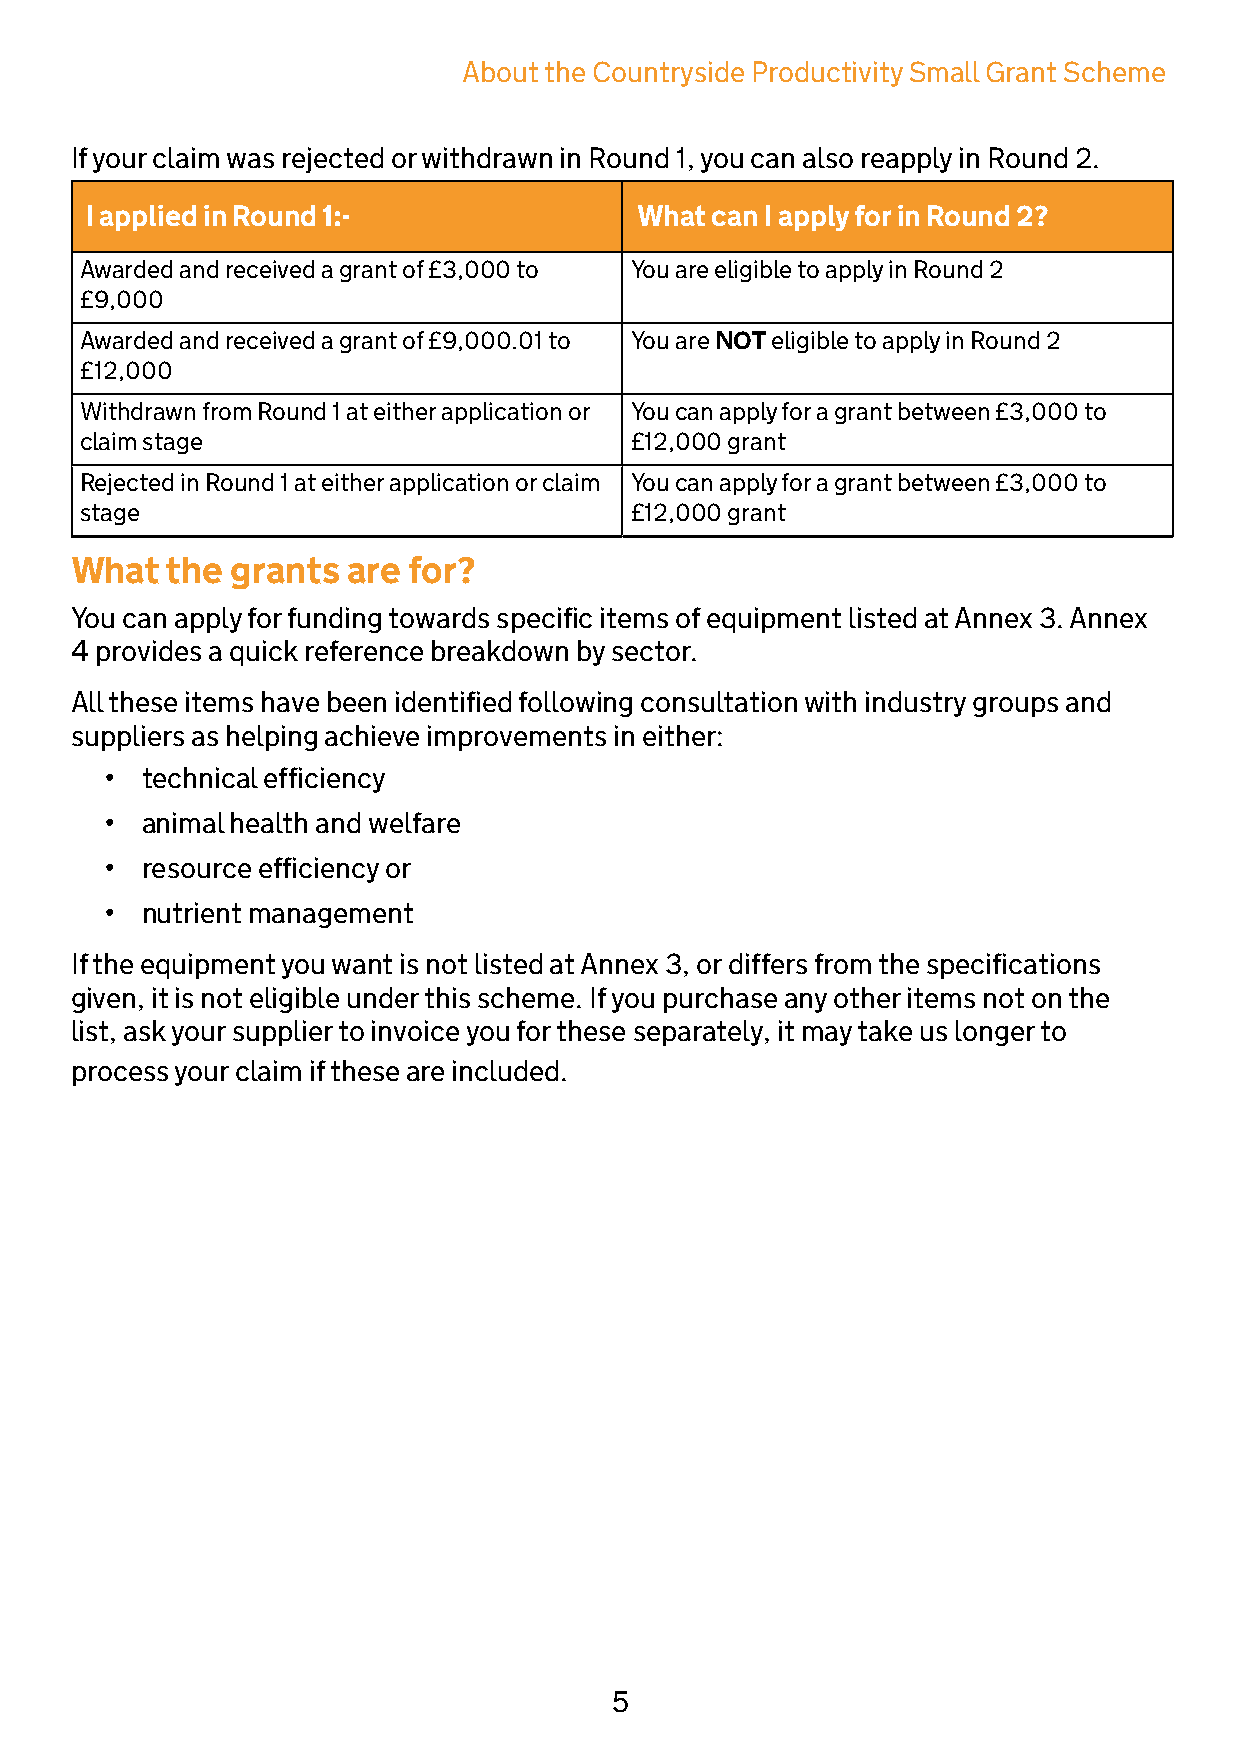
About the Countryside Productivity Small Grant Scheme
 If your claim was rejected or withdrawn in Round 1, you can also reapply in Round 2.
 I applied in Round 1:-              What can I apply for in Round 2?
 Awarded and received a grant of £3,000 to You are eligible to apply in Round 2
 £9,000
 Awarded and received a grant of £9,000.01 to You are NOT eligible to apply in Round 2
 £12,000
 Withdrawn from Round 1 at either application or You can apply for a grant between £3,000 to
 claim stage                          £12,000 grant
 Rejected in Round 1 at either application or claim You can apply for a grant between £3,000 to
 stage                                £12,000 grant
 What  the grants  are for?
 You can apply for funding towards specific items of equipment listed at Annex 3. Annex
 4 provides a quick reference breakdown by sector.
 All these items have been identified following consultation with industry groups and
 suppliers as helping achieve improvements in either:
 • technical efficiency
 • animal health and welfare
 • resource efficiency or
 • nutrient management
 If the equipment you want is not listed at Annex 3, or differs from the specifications
 given, it is not eligible under this scheme. If you purchase any other items not on the
 list, ask your supplier to invoice you for these separately, it may take us longer to
 process your claim if these are included.
 5